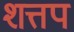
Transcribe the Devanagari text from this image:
शत्तप